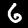
Label: 6